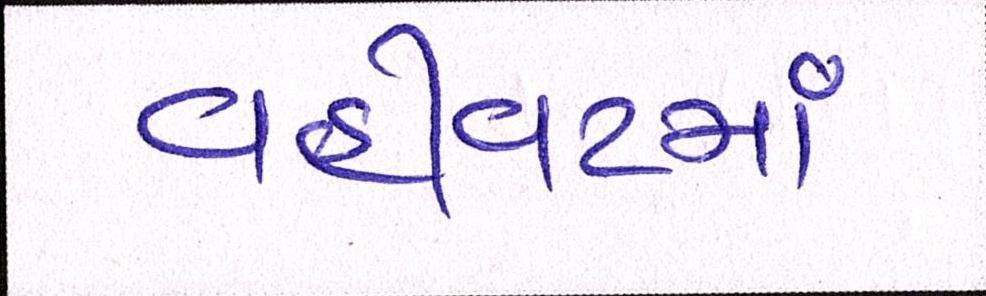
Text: વહીવટમાં